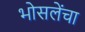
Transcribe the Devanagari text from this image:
भोसलेंचा